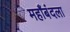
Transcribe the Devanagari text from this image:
महाँबंदला